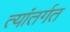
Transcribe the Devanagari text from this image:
त्यांतर्गत